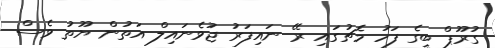
ގުރޫޕް ބީގެ ފަހު މެޗުގައި ރޭ ނައިފަރު ޖުވެނައިލް އަތުން ޔޫތު ވެސް